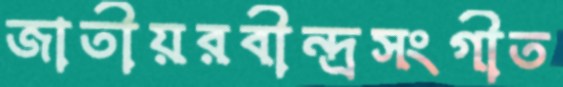
জাতীয়রবীন্দ্রসংগীত